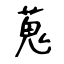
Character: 蒐